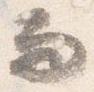
而